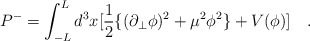
\begin{align*}P^-=\int_{-L}^{L} d^3 x [\frac{1}{2}\{(\partial_{\bot}\phi)^2 +\mu^2 \phi^2\}+V(\phi)]\quad .\end{align*}